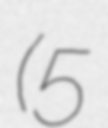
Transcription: (5